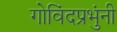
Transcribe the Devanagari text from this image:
गोविंदप्रभुंनी